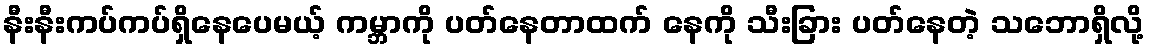
နီးနီးကပ်ကပ်ရှိနေပေမယ့် ကမ္ဘာကို ပတ်နေတာထက် နေကို သီးခြား ပတ်နေတဲ့ သဘောရှိလို့